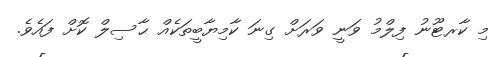
މި ކާރޓޫނު ފިލްމު ވަނީ ވަރަށް ގިނަ ކާމިޔާބީތަކެއް ޙާސިލް ކޮށް ފައެވެ.